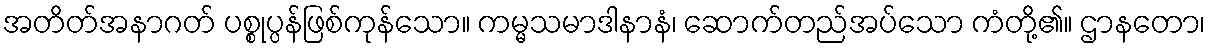
အတိတ်အနာဂတ် ပစ္စုပ္ပန်ဖြစ်ကုန်သော။ ကမ္မသမာဒါနာနံ၊ ဆောက်တည်အပ်သော ကံတို့၏။ ဌာနတော၊